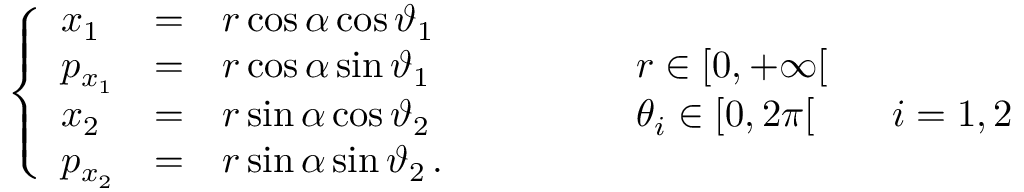
\left\{ \begin{array} { l c l l } { x _ { 1 } } & { = } & { r \cos \alpha \cos \vartheta _ { 1 } } & { } \\ { p _ { x _ { 1 } } } & { = } & { r \cos \alpha \sin \vartheta _ { 1 } } & { \qquad \qquad r \in [ 0 , + \infty [ } \\ { x _ { 2 } } & { = } & { r \sin \alpha \cos \vartheta _ { 2 } } & { \qquad \qquad \theta _ { i } \in [ 0 , 2 \pi [ \qquad i = 1 , 2 } \\ { p _ { x _ { 2 } } } & { = } & { r \sin \alpha \sin \vartheta _ { 2 } \, . } & { } \end{array} \right.